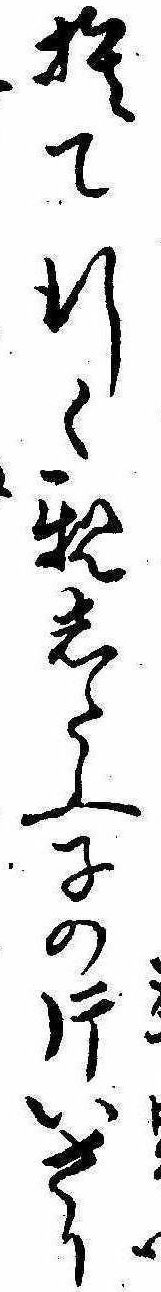
捨て行く親したふ子の片いさり